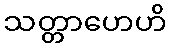
သတ္တာဟေဟိ